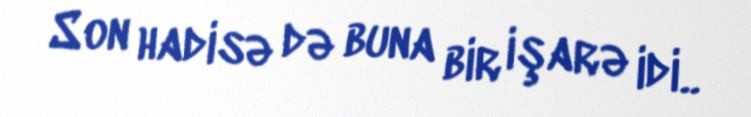
Son hadisə də buna bir işarə idi..